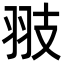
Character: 翄